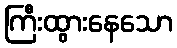
ကြီးထွားနေသော